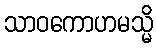
သာဝကောဟမသ္မိ